Indian journal of veterinary science and animal husbandry - Volume 2,
Year: 1932
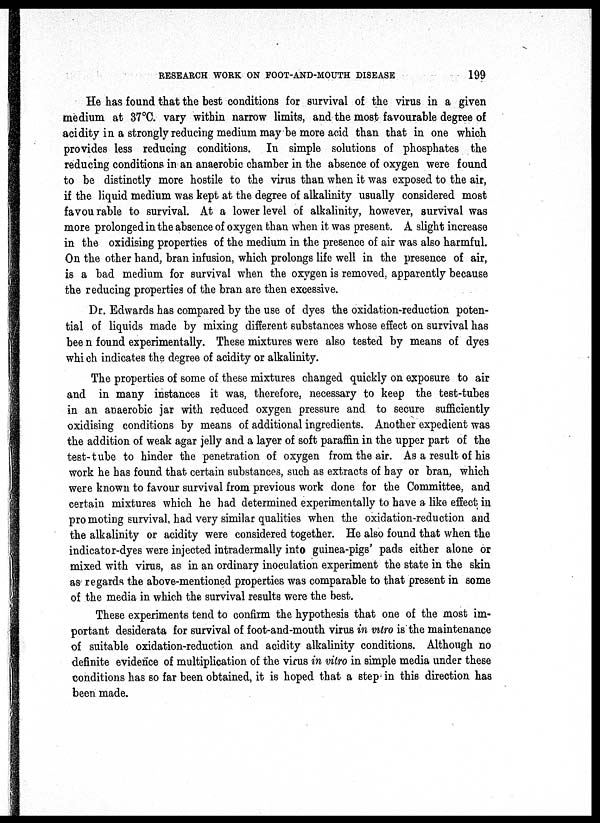
RESEARCH WORK ON FOOT-AND-MOUTH DISEASE
199
He has found that the best conditions for survival of the virus in a given
medium at 37°C. vary within narrow limits, and the most favourable degree of
acidity in a strongly reducing medium may be more acid than that in one which
provides less reducing conditions. In simple solutions of phosphates the
reducing conditions in an anaerobic chamber in the absence of oxygen were found
to be distinctly more hostile to the virus than when it was exposed to the air,
if the liquid medium was kept at the degree of alkalinity usually considered most
favourable to survival. At a lower level of alkalinity, however, survival was
more prolonged in the absence of oxygen than when it was present. A slight increase
in the oxidising properties of the medium in the presence of air was also harmful.
On the other hand, bran infusion, which prolongs life well in the presence of air,
is a bad medium for survival when the oxygen is removed, apparently because
the reducing properties of the bran are then excessive.
Dr. Edwards has compared by the use of dyes the oxidation-reduction poten-
tial of liquids made by mixing different substances whose effect on survival has
been found experimentally. These mixtures were also tested by means of dyes
which indicates the degree of acidity or alkalinity.
The properties of some of these mixtures changed quickly on exposure to air
and in many instances it was, therefore, necessary to keep the test-tubes
in an anaerobic jar with reduced oxygen pressure and to secure sufficiently
oxidising conditions by means of additional ingredients. Another expedient was
the addition of weak agar jelly and a layer of soft paraffin in the upper part of the
test-tube to hinder the penetration of oxygen from the air. As a result of his
work he has found that certain substances, such as extracts of hay or bran, which
were known to favour survival from previous work done for the Committee, and
certain mixtures which he had determined experimentally to have a like effect in
promoting survival, had very similar qualities when the oxidation-reduction and
the alkalinity or acidity were considered together. He also found that when the
indicator-dyes were injected intradermally into guinea-pigs' pads either alone or
mixed with virus, as in an ordinary inoculation experiment the state in the skin
as regards the above-mentioned properties was comparable to that present in some
of the media in which the survival results were the best.
These experiments tend to confirm the hypothesis that one of the most im-
portant desiderata for survival of foot-and-mouth virus in vitro is the maintenance
of suitable oxidation-reduction and acidity alkalinity conditions. Although no
definite evidence of multiplication of the virus in vitro in simple media under these
conditions has so far been obtained, it is hoped that a step in this direction has
been made.